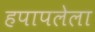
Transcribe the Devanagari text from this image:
हपापलेला